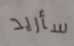
سأريد